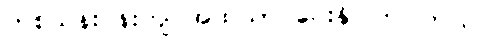
တစ်သိန်းဝန်းကျင်အထိသာ ပေးနိုင်ကြပါတယ်။